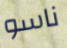
ناسو